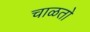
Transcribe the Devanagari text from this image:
चाळतो